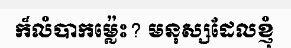
ក៏លំបាកម្ល៉េះ? មនុស្សដែលខ្ញុំ